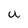
Character: U